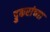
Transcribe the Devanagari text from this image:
डुकरांच्या